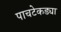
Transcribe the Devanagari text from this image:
पाचटेकड्या